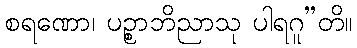
စရဏော၊ ပဉ္စာဘိညာသု ပါရဂူ”တိ။